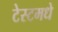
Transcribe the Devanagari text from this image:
टेस्टमधे